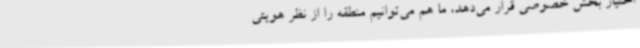
اختیار بخش خصوصی قرار می‌دهد، ما هم می‌توانیم منطقه را از نظر هویتی